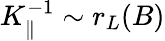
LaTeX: K_{\parallel}^{-1}\sim r_{L}(B)